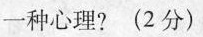
一种心理? ( 2 分 )